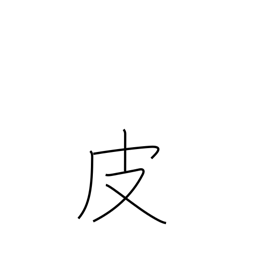
Meaning: leather